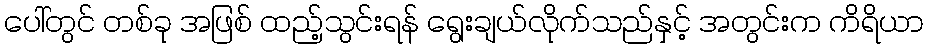
ပေါ်တွင် တစ်ခု အဖြစ် ထည့်သွင်းရန် ရွေးချယ်လိုက်သည်နှင့် အတွင်းက ကိရိယာ